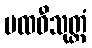
ပထဝီသုတ္တံ